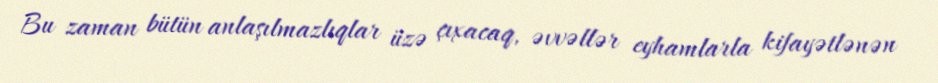
Bu zaman bütün anlaşılmazlıqlar üzə çıxacaq, əvvəllər eyhamlarla kifayətlənən